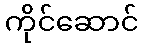
ကိုင်ဆောင်